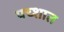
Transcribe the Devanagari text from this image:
पच्शात